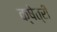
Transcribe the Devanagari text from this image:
क्षेत्रीं